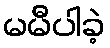
မမီပါခဲ့